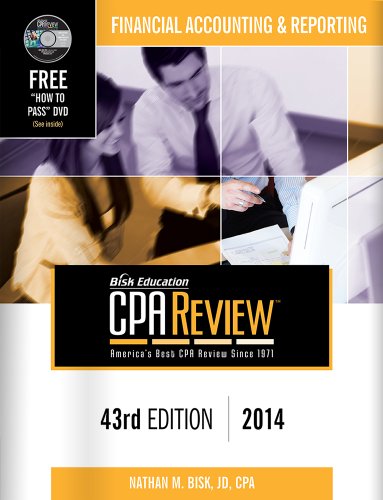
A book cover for Bisk CPA Review: Financial Accounting & Reporting - 43rd Edition 2014 (Comprehensive CPA Exam Review Financial Accounting & Reporting) (Cpa Review ... and Reporting Business Enterprises); Nathan M. Bisk; Test Preparation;